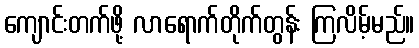
ကျောင်းတက်ဖို့ လာရောက်တိုက်တွန်း ကြလိမ့်မည်။